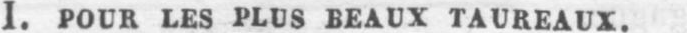
I. POUR LES PLUS BEAUX TAUREAUX.